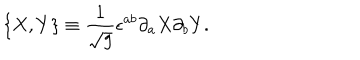
\{ X , Y \} \equiv \frac { 1 } { \sqrt { g } } \epsilon ^ { a b } \partial _ { a } X \partial _ { b } Y .